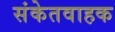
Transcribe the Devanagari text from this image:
संकेतवाहक